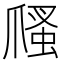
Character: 𤔢